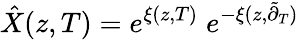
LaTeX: \hat{X}(z,T)=e^{\xi(z,T)}\; e^{-\xi(z,\tilde{\partial}_{T})}